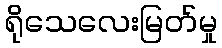
ရိုသေလေးမြတ်မှု